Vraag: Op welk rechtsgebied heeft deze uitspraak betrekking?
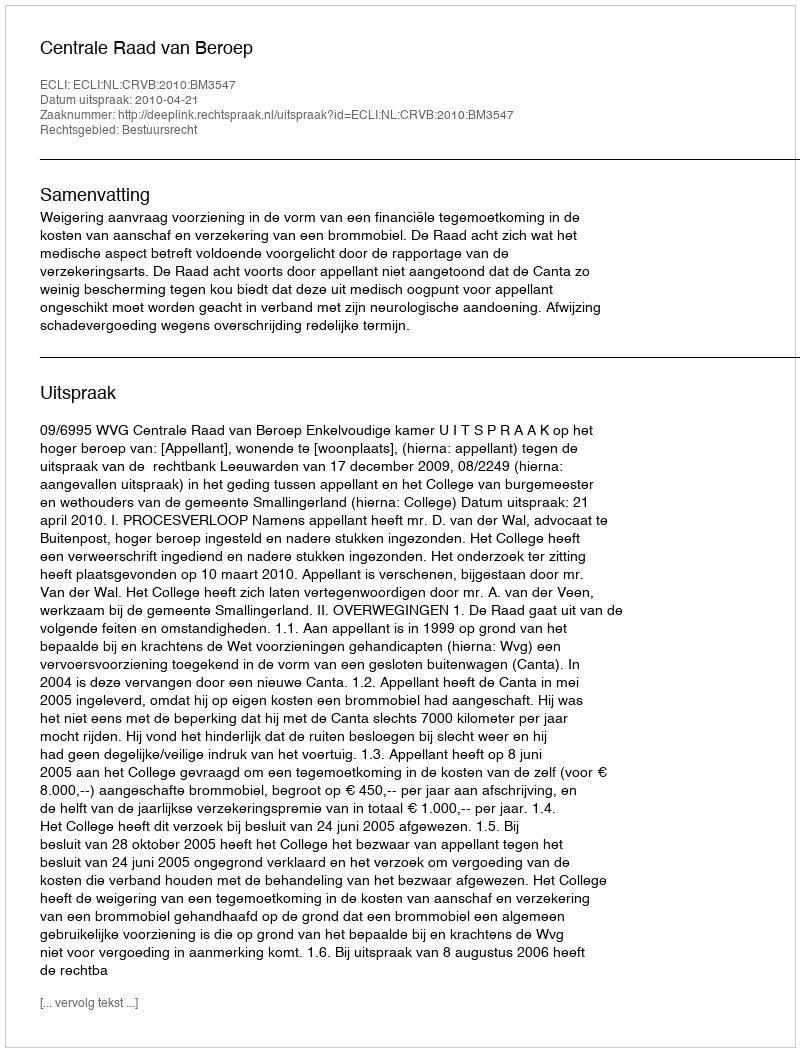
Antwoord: Bestuursrecht